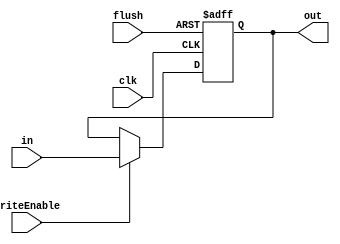
/*
 * Name: stage_buffer
 * Functional as of 5:46pm 5/13/21 
 */

module stage_buffer #(parameter SIZE = 16) 
(
	input [SIZE-1:0] in,
	input writeEnable,  
	output reg [SIZE-1:0] out,
	input clk, flush 
);

    always @ ( posedge clk, negedge flush)
    begin
        if(!flush)
        begin
            out <= {SIZE{1'b0}};
        end
        else if(writeEnable)
                out <= in;    
    end
endmodule